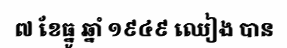
៧ ខែធ្នូ ឆ្នាំ ១៩៤៩ ឈៀង បាន